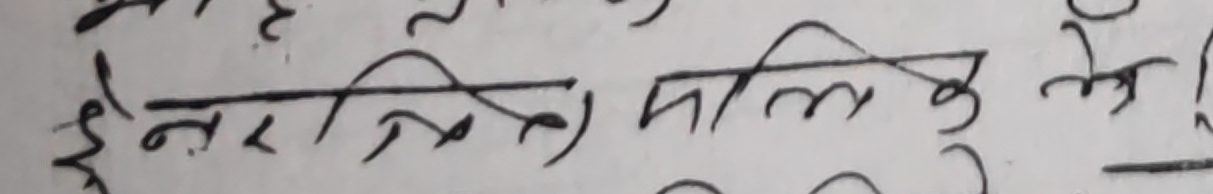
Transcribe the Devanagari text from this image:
ईनर त्रि) मालिक मे।